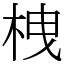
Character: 栧